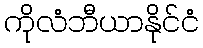
ကိုလံဘီယာနိုင်ငံ